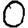
Digit: 0